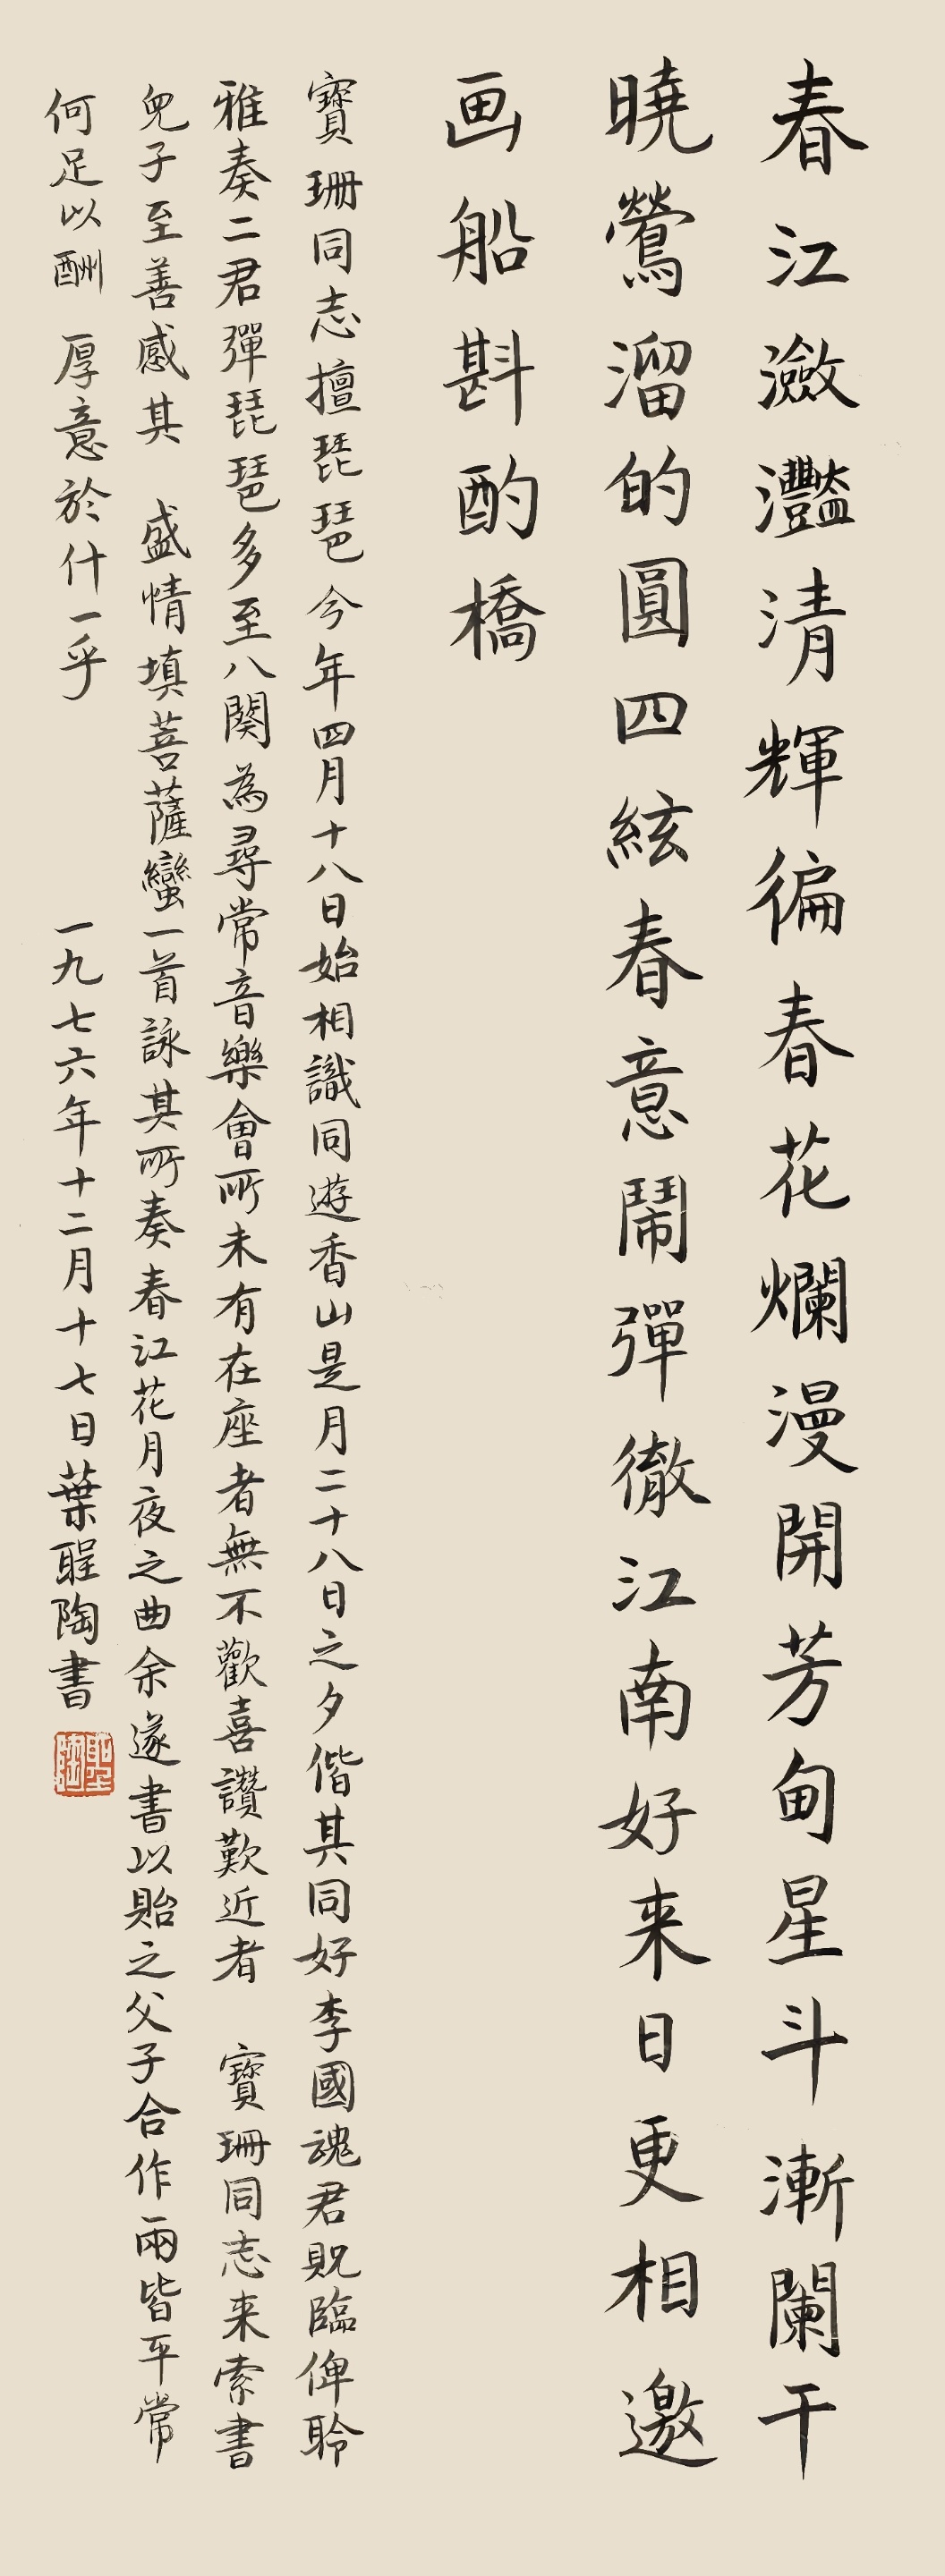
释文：春江潋滟清辉遍，春花烂漫开芳甸。星斗渐阑干，晓莺溜的圆。四弦春意闹，弹彻江南好，来日更相邀，画船斟酌桥。宝珊同志擅琵琶，今年四月十八日始相识，同游香山。是月二十八日之夕偕其同好李国魂君贶临，俾聆雅奏二君弹琵琶多至八阕，为寻常音乐会所未有。在座者无不欢喜赞叹。近者，宝珊同志来索书，儿子至善感其盛情，填《菩萨蛮》一首，咏其所奏《春江花月夜》之曲，余遂书以贻之，父子合作，两皆平常，何足以酬厚意于什一乎？一九七六年十二月十七日，叶圣陶书。